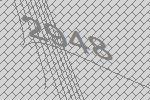
2948